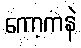
ကော့ကနဲ